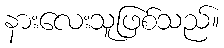
နားလေးသူဖြစ်သည်။